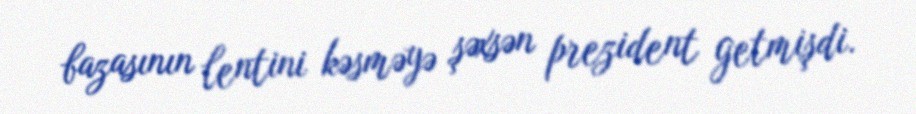
bazasının lentini kəsməyə şəxsən prezident getmişdi.